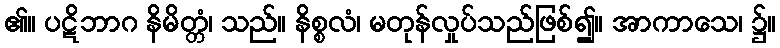
၏။ ပဋိဘာဂ နိမိတ္တံ၊ သည်။ နိစ္စလံ၊ မတုန်လှုပ်သည်ဖြစ်၍။ အာကာသေ၊ ၌။